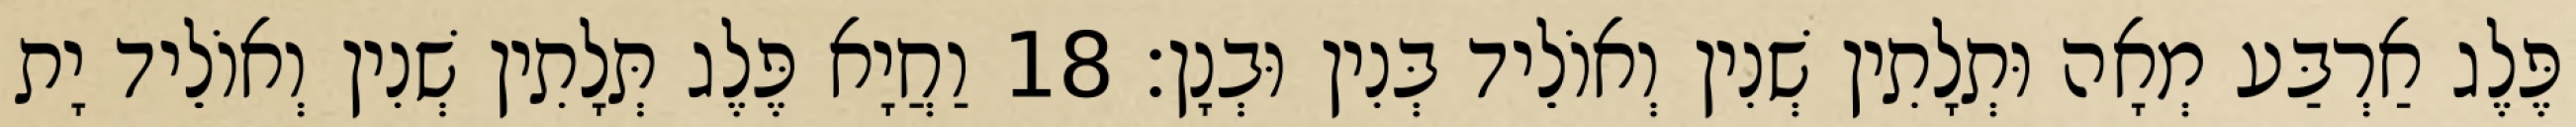
פֶּלֶג אַרְבַּע מְאָה וּתְלָתִין שְׁנִין וְאוֹלֵיד בְּנִין וּבְנָן׃ 18 וַחֲיָא פֶּלֶג תְּלָתִין שְׁנִין וְאוֹלֵיד יָת